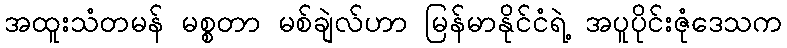
အထူးသံတမန် မစ္စတာ မစ်ချဲလ်ဟာ မြန်မာနိုင်ငံရဲ့ အပူပိုင်းဇုံဒေသက